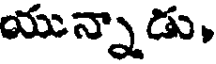
యున్నాడు,